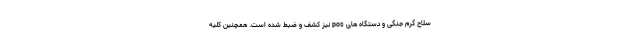
سلاح گرم جنگی و دستگاه های pos نیز کشف و ضبط شده است. همچنین کلیه